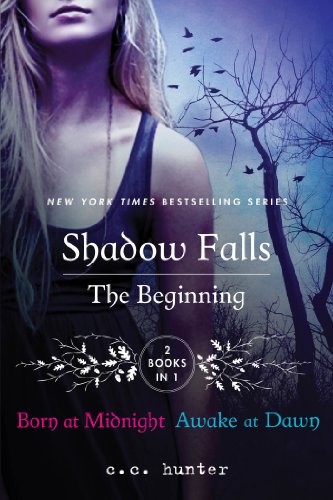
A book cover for Shadow Falls: The Beginning: Born at Midnight and Awake at Dawn (A Shadow Falls Novel); C. C. Hunter; Teen & Young Adult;